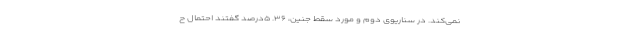
نمی‌کند. در سناریوی دوم و مورد سقط جنین، ۳۶. ۵درصد گفتند احتمال ح